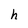
Character: h